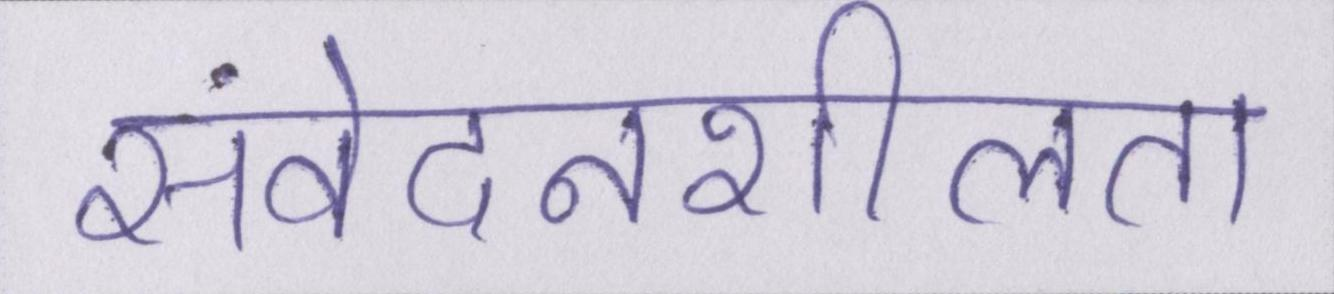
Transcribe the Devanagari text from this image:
संवेदनशीलता